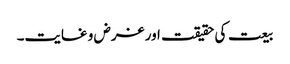
بیعت کی حقیقت اور غرض و غایت۔